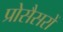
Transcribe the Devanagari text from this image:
प्रोसैसरों